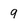
Character: 9